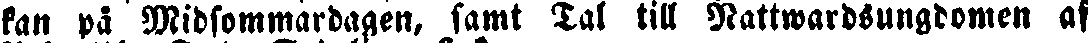
kan på Midsommardagen, samt Tal till Nattwardsungdomen af